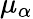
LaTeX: \mu_{\alpha}